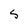
Character: S